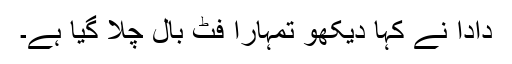
دادا نے کہا دیکھو تمہارا فٹ بال چلا گیا ہے۔